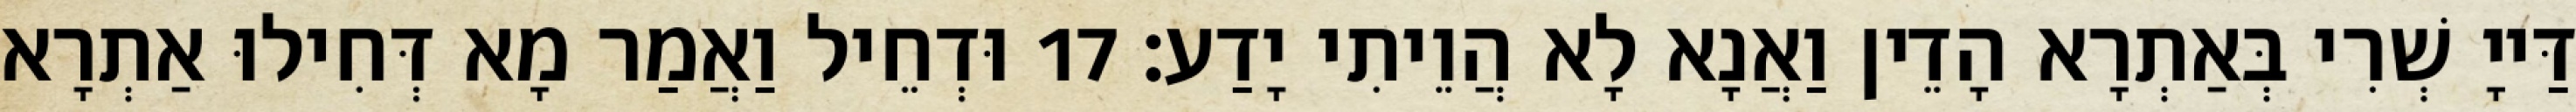
דַּייָ שְׁרִי בְּאַתְרָא הָדֵין וַאֲנָא לָא הֲוֵיתִי יָדַע׃ 17 וּדְחֵיל וַאֲמַר מָא דְּחִילוּ אַתְרָא